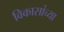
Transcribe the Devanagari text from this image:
विकासांच्या